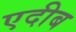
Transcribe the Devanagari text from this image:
एदीब